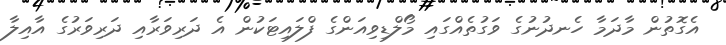
އެގޮތުން މާދަމާ ހެނދުނުގެ ވަގުތެއްގައި މޯލްޑިވިއަންގެ ފްލައިޓަކުން އެ ދަރިވަރާއި ދަރިވަރުގެ އާއިލާ